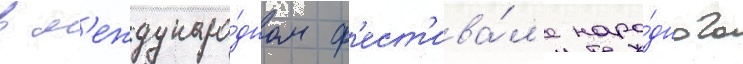
в м'еждунаро́дном ф'ест'ива́л'е наро́дного